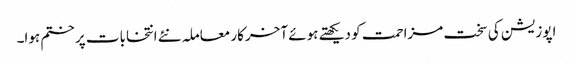
اپوزیشن کی سخت مزاحمت کو دیکھتے ہوئے آخرکار معاملہ نئے انتخابات پر ختم ہوا۔